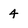
Character: 4